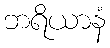
ဘရိယာနံ